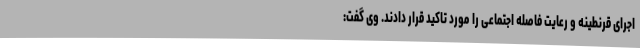
اجرای قرنطینه و رعایت فاصله اجتماعی را مورد تاکید قرار دادند. وی گفت: